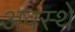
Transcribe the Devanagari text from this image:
अवस्थे